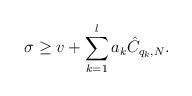
LaTeX: \begin{align*}\sigma\geq v + \sum_{k=1}^l a_k \hat C_{q_k, N}.\end{align*}